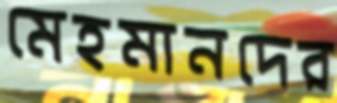
মেহমানদের